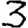
Digit: 3